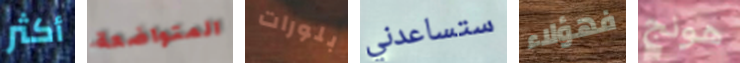
أكثر المتواضعة بلورات ستساعدني فهؤلاء هونج